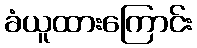
ခံယူထားကြောင်း